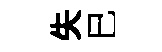
失巳